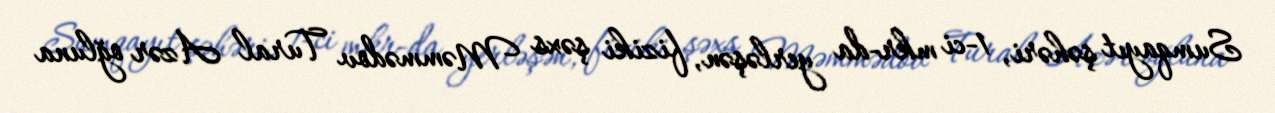
Sumqayıt şəhəri, 1-ci mkr-da yerləşən, fiziki şəxs Məmmədov Tural Azər oğluna